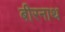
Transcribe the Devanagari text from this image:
बीरनाथ